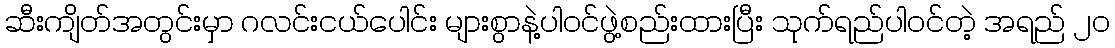
ဆီးကျိတ်အတွင်းမှာ ဂလင်းငယ်ပေါင်း များစွာနဲ့ပါဝင်ဖွဲ့စည်းထားပြီး သုက်ရည်ပါဝင်တဲ့ အရည် ၂၀